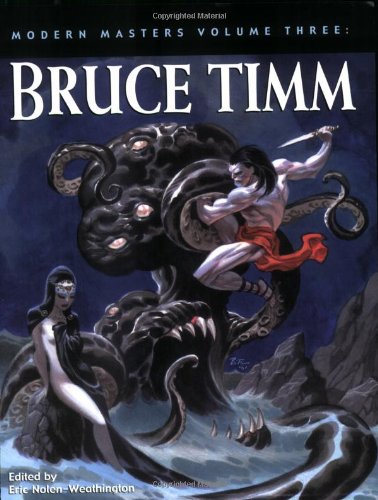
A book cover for Modern Masters Volume 3: Bruce Timm (Modern Masters SC); Eric Nolen-Weathington; Comics & Graphic Novels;